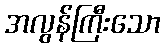
အလွန်ကြီးသော